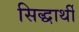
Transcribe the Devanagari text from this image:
सिद्धार्थी